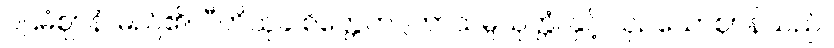
ပဌမံဈာနံ၊ မည်၏။ ပီတိသုခ စိတ္တေကဂ္ဂတာသမ္ပယုတ္တံ၊ နှင့် ယှဉ်သောဈာန်သည်။